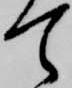
て